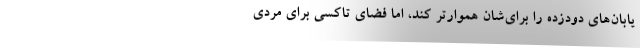
يابان‌هاي دودزده را براي‌شان هموارتر كند، اما فضاي تاكسي براي مردي